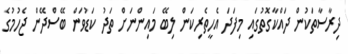
ދިރާސާތަކުން ދައްކާގޮތުގައި މިފަދަ އެހީތެރިކަން ލިބޭ މައިންނަށް ތަދު ކަޑުވަން ބޭސްދޭން ޖެހުމުގެ